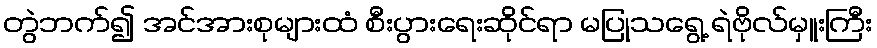
တွဲဘက်၍ အင်အားစုများထံ စီးပွားရေးဆိုင်ရာ မပြုသရွေ့ ရဲဗိုလ်မှူးကြီး